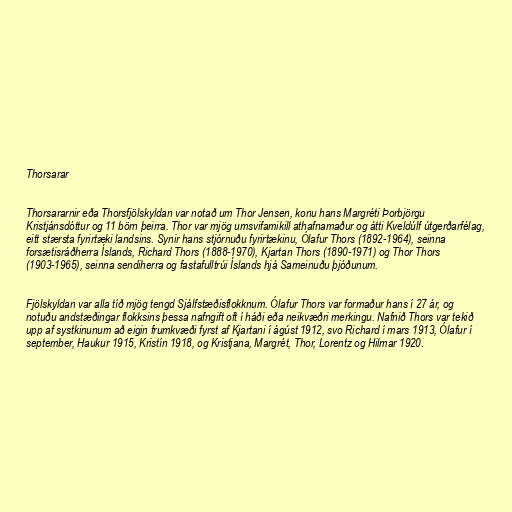
Thorsarar

Thorsararnir eða Thorsfjölskyldan var notað um Thor Jensen, konu hans Margréti Þorbjörgu
Kristjánsdóttur og 11 börn þeirra. Thor var mjög umsvifamikill athafnamaður og átti Kveldúlf útgerðarfélag,
eitt stærsta fyrirtæki landsins. Synir hans stjórnuðu fyrirtækinu, Ólafur Thors (1892-1964), seinna
forsætisráðherra Íslands, Richard Thors (1888-1970), Kjartan Thors (1890-1971) og Thor Thors
(1903-1965), seinna sendiherra og fastafulltrúi Íslands hjá Sameinuðu þjóðunum.

Fjölskyldan var alla tíð mjög tengd Sjálfstæðisflokknum. Ólafur Thors var formaður hans í 27 ár, og
notuðu andstæðingar flokksins þessa nafngift oft í háði eða neikvæðri merkingu. Nafnið Thors var tekið
upp af systkinunum að eigin frumkvæði fyrst af Kjartani í ágúst 1912, svo Richard í mars 1913, Ólafur í
september, Haukur 1915, Kristín 1918, og Kristjana, Margrét, Thor, Lorentz og Hilmar 1920.